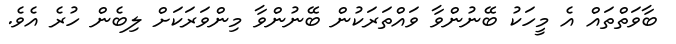
ބާވަތްތައް އެ މީހަކު ބޭނުންވާ ވައްތަރަކުން ބޭނުންވާ މިންވަރަކަށް ލިބެން ހުރެ އެވެ.